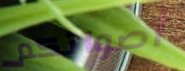
أصواتكم